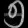
Digit: ၅